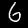
Digit: 6